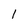
Character: I